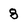
Character: 8